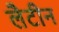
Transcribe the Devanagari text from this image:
लैटीन